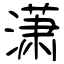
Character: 潇